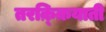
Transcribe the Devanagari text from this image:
तरक़्क़ियाती